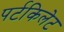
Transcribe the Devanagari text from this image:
पर्टकिलेट